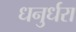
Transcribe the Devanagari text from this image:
धनुर्धरा